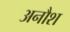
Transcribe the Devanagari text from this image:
अनौश